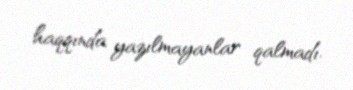
haqqında yazılmayanlar qalmadı.